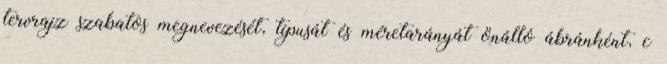
tervrajz szabatos megnevezését, típusát és méretarányát önálló ábránként, c